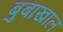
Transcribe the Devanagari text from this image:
बुबाखाल